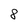
Character: 8